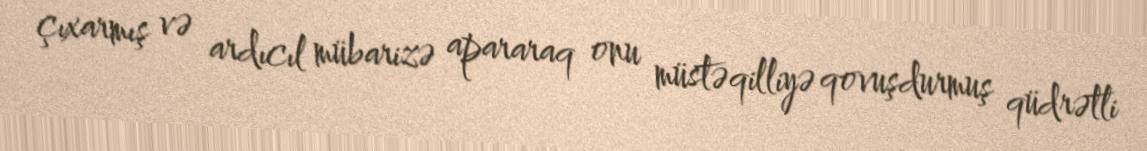
çıxarmış və ardıcıl mübarizə apararaq onu müstəqilliyə qovuşdurmuş qüdrətli